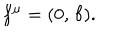
LaTeX: f ^ { \mu } = ( 0 , \, { \bf f } ) .